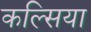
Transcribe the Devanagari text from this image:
कल्सिया